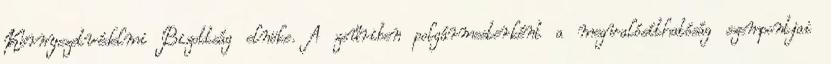
Környezetvédelmi Bizottság elnöke. A zsűriben polgármesterként a megvalósíthatóság szempontjai